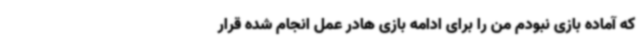
که آماده بازی نبودم من را برای ادامه بازی هادر عمل انجام شده قرار